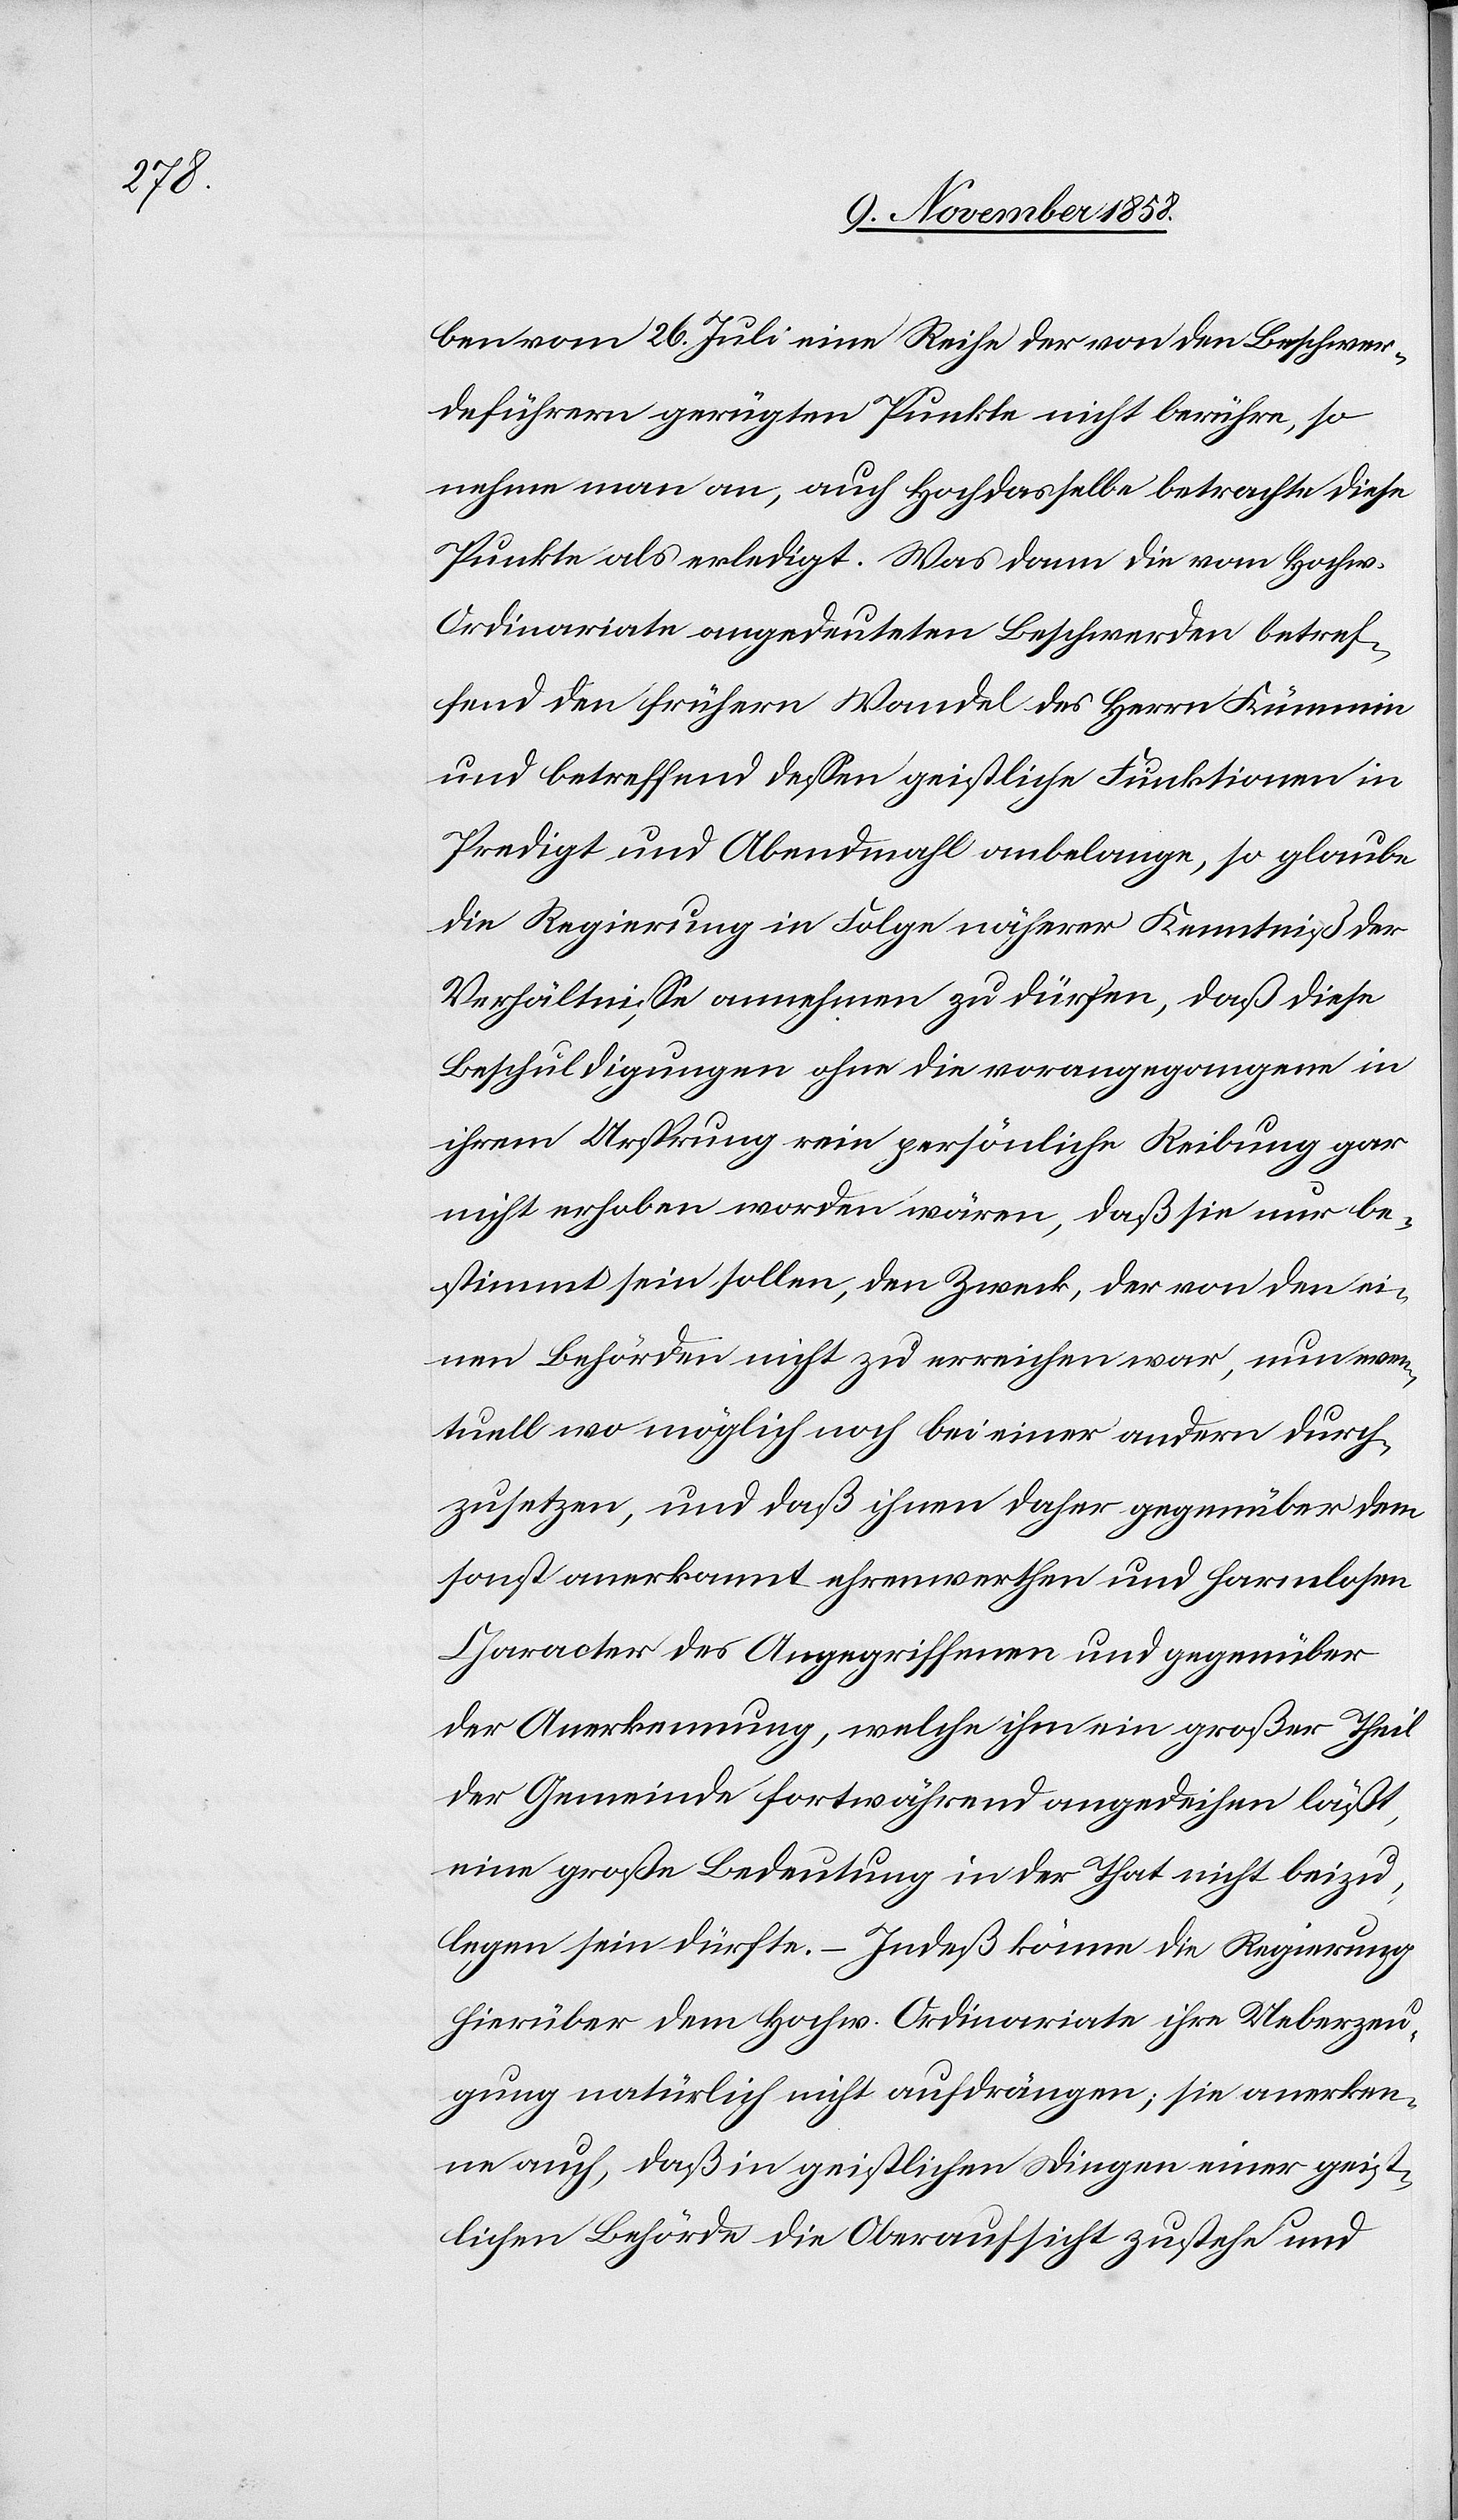
ben vom 26. Juli eine Reihe der von den Beschwer¬
deführern gerügten Punkte nicht berühre, so
nehme man an, auch Hochdasselbe betrachte diese
Punkte als erledigt. Was dann die vom Hochw.
Ordinariate angedeuteten Beschwerden betref¬
fend den frühern Wandel des Herrn Kümmin
und betreffend dessen geistliche Funktionen in
Predigt und Abendmahl anbelange, so glaube
die Regierung in Folge näherer Kenntniß der
Verhältnisse annehmen zu dürfen, daß diese
Beschuldigungen ohne die vorangegangene in
ihrem Ursprung rein persönliche Reibung gar
nicht erhoben worden wären, daß sie nur be¬
stimmt sein sollen, den Zweck, der von den ei¬
nen Behörden nicht zu erreichen war, nun even¬
tuell wo möglich noch bei einer andern durch¬
zusetzen, und daß ihnen daher gegenüber dem
sonst anerkannt ehrenwerthen und harmlosen
Character des Angegriffenen und gegenüber
der Anerkennung, welche ihm ein großer Theil
der Gemeinde fortwährend angedeihen läßt,
eine große Bedeutung in der That nicht beizu¬
legen sein dürfte. – Indeß könne die Regierung
hierüber dem Hochw. Ordinariate ihre Ueberzeu¬
gung natürlich nicht aufdrängen; sie anerken¬
ne auch, daß in geistlichen Dingen einer geist¬
lichen Behörde die Oberaufsicht zustehe und